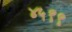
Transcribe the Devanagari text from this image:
४५९९